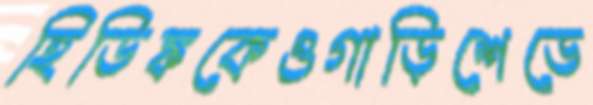
হিডিঙ্ককেওগাড়িশেডে